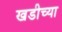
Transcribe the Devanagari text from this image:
खडीच्या